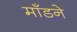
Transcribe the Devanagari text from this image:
माँडने